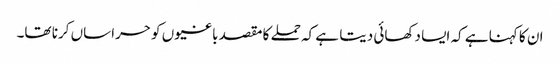
ان کا کہنا ہے کہ ایسا دکھائی دیتا ہے کہ حملے کا مقصد باغیوں کو حراساں کرنا تھا۔